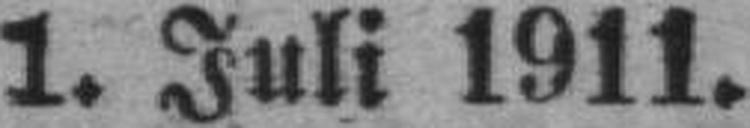
1. Juli 1911.